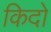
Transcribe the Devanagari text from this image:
किदो